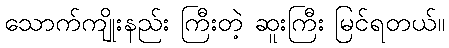
သောက်ကျိုးနည်း ကြီးတဲ့ ဆူးကြီး မြင်ရတယ်။